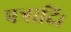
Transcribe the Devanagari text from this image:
पत्रादि।